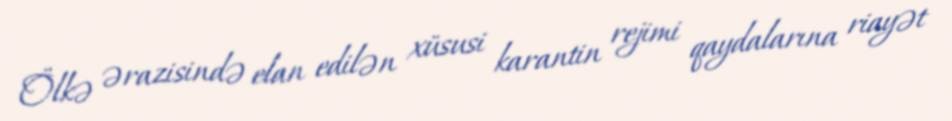
Ölkə ərazisində elan edilən xüsusi karantin rejimi qaydalarına riayət